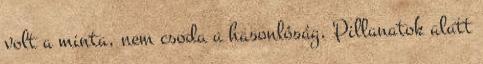
volt a minta, nem csoda a hasonlóság. Pillanatok alatt